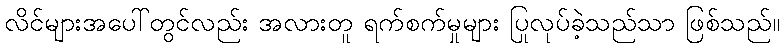
လိင်များအပေါ်တွင်လည်း အလားတူ ရက်စက်မှုများ ပြုလုပ်ခဲ့သည်သာ ဖြစ်သည်။